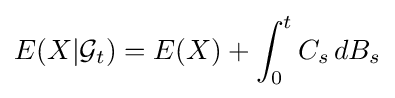
E(X|{\mathcal {G}}_{t})=E(X)+\int _{0}^{t}C_{s}\,dB_{s}